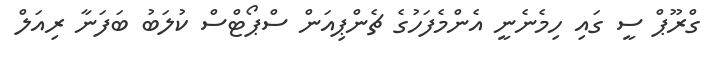
ގްރޫޕް ސީ ގައި ހިމެނެނީ އެންމެފަހުގެ ޗެންޕިއަން ސްޕޯޓްސް ކުލަބު ބަފަނާ ރިއަލް